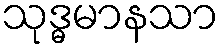
သုဒ္ဓမာနသာ